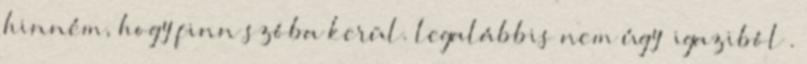
hinném, hogy finn szóba kerül. legalábbis nem úgy “igaziból”.